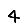
Digit: 4